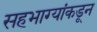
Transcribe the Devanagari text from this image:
सहभाग्यांकडून